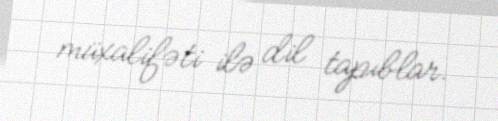
müxalifəti ilə dil tapıblar.